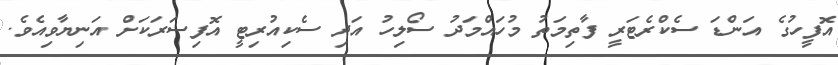
އޮފީހުގެ އަންޑަ ސެކްރެޓަރީ ފާތިމަތު މުހައްމަދު ސޯލިހު އަދި ސެކިއުރިޓީ އޮފިސަރަކަށް އަނިޔާވިއެވެ.